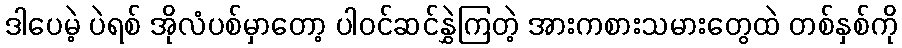
ဒါပေမဲ့ ပဲရစ် အိုလံပစ်မှာတော့ ပါဝင်ဆင်နွှဲကြတဲ့ အားကစားသမားတွေထဲ တစ်နှစ်ကို